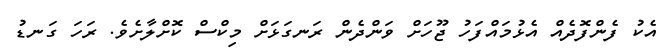
އެކު ފެންފޮދެއް އެޅުމައްފަހު ޖޫހަށް ވަންދެން ރަނގަޅަށް މިކްސް ކޮށްލާށެވެ. ރަހަ ގަނޑު